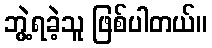
ဘွဲ့ရခဲ့သူ ဖြစ်ပါတယ်။